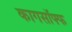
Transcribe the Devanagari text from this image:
कागसॉफ्फ